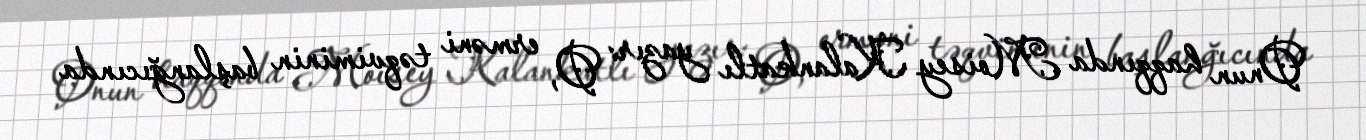
Onun haqqında Moisey Kalankatlı yazır: O, erməni təqviminin başlanğıcında